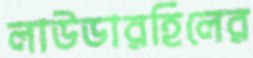
লাউডারহিলের